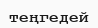
теңгедей